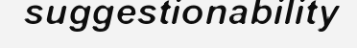
suggestionability